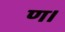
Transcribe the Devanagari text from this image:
ण।